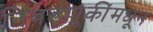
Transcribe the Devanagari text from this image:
निवडणुकींमधून